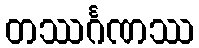
တဿင်္ဂဏဿ